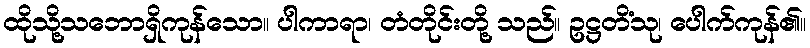
ထိုသို့သဘောရှိကုန်သော။ ပါကာရာ၊ တံတိုင်းတို့ သည်။ ဥဋ္ဌတိံသု၊ ပေါက်ကုန်၏။